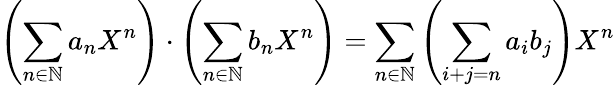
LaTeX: \left(\sum_{n\in\mathbb{N}}a_{n}X^{n}\right)\cdot\left(\sum_{n\in\mathbb{N}}b_{n}X^{n}\right)=\sum_{n\in\mathbb{N}}\left(\sum_{i+j=n}a_{i}b_{j}\right)X^{n}